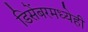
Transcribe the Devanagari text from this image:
डिसेंबरमध्येही